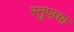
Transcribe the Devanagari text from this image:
स्तुपाचा